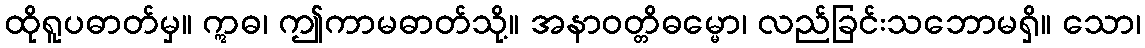
ထိုရူပဓာတ်မှ။ ဣဓ၊ ဤကာမဓာတ်သို့။ အနာဝတ္တိဓမ္မော၊ လည်ခြင်းသဘောမရှိ။ သော၊